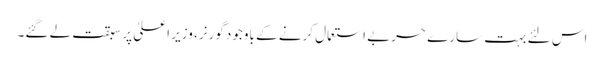
اس لئے بہت سارے حربے استعمال کرنے کے باوجود گورنر، وزیر اعلیٰ پر سبقت لے گئے۔